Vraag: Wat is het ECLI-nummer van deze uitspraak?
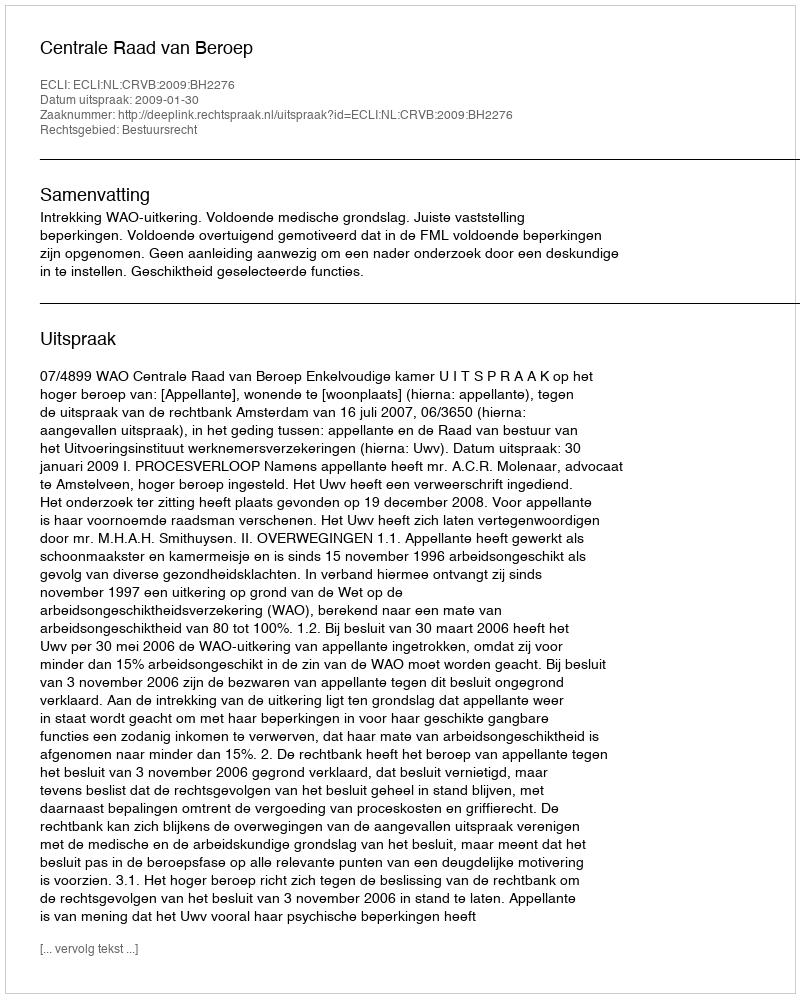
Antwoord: ECLI:NL:CRVB:2009:BH2276